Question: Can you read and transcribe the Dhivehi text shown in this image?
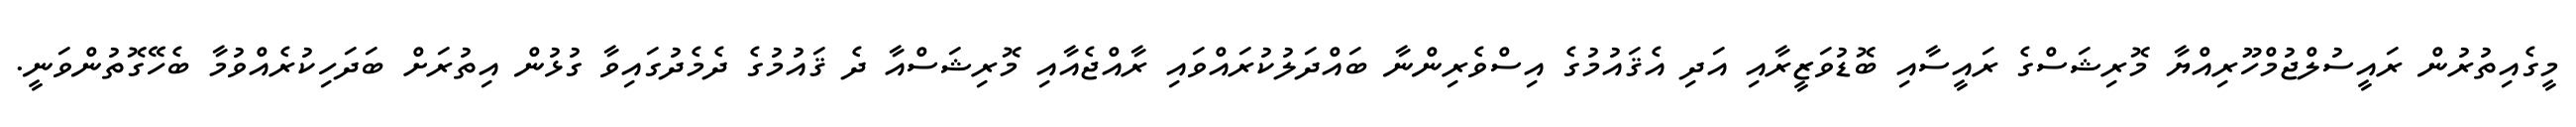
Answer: މީގެއިތުރުން ރައީސުލްޖުމްހޫރިއްޔާ މޮރިޝަސްގެ ރައީސާއި ބޮޑުވަޒީރާއި އަދި އެޤައުމުގެ އިސްވެރިންނާ ބައްދަލުކުރައްވައި ރާއްޖެއާއި މޮރިޝަސްއާ ދެ ޤައުމުގެ ދެމެދުގައިވާ ގުޅުން އިތުރަށް ބަދަހިކުރެއްވުމާ ބެހޭގޮތުންވަނީ.